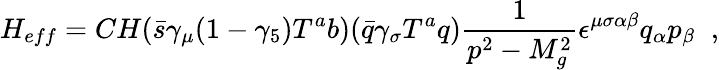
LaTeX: H_{eff}=CH(\bar{s}\gamma_{\mu}(1-\gamma_{5})T^{a}b)(\bar{q}\gamma_{\sigma}T^{a}q)\frac{1}{p^{2}-M_{g}^{2}}\epsilon^{\mu\sigma\alpha\beta}q_{\alpha}p_{\beta}\; \; ,